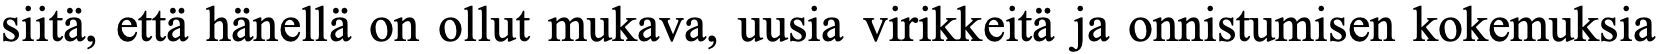
siitä, että hänellä on ollut mukava, uusia virikkeitä ja onnistumisen kokemuksia